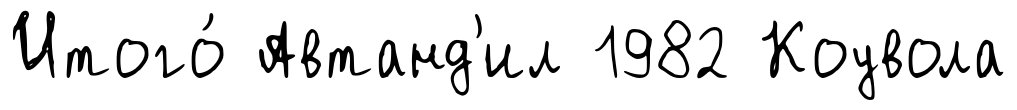
Итого́ Автанд'ил 1982 Коувола